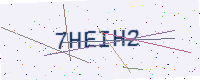
Text: 7HEIH2